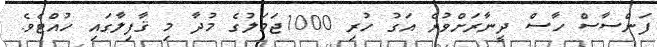
ފަންސާސް ހާސް ދީނާރަށްވުރެ އަގު ހުރި 1000ޖަމަލުގެ މުދާ މި ޤާފިލާގައި ހުއްޓެވެ.